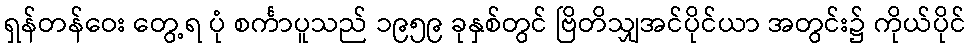
ရှန်တန်ဝေး တွေ့ရ ပုံ စင်္ကာပူသည် ၁၉၅၉ ခုနှစ်တွင် ဗြိတိသျှအင်ပိုင်ယာ အတွင်း၌ ကိုယ်ပိုင်